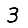
Digit: 3